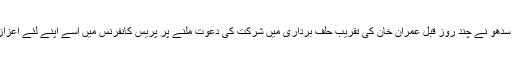
نوجوت سنگھ سدھو نے چند روز قبل عمران خان کی تقریب حلف برداری میں شرکت کی دعوت ملنے پر پریس کانفرنس میں اسے اپنے لئے اعزاز قرار دیا تھا۔